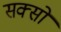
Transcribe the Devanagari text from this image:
सक्सों